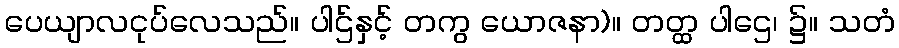
ပေယျာလငုပ်လေသည်။ ပါဌ်နှင့် တကွ ယောဇနာ)။ တတ္ထ ပါဌေ၊ ၌။ သတံ